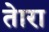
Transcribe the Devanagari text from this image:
तेारा